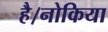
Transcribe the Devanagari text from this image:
है।नोकिया